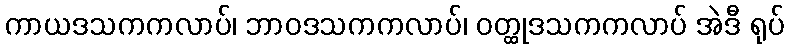
ကာယဒသကကလာပ်၊ ဘာဝဒသကကလာပ်၊ ဝတ္ထုဒသကကလာပ် အဲဒီ ရုပ်